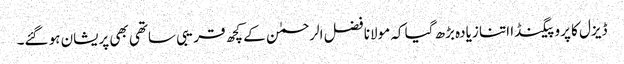
ڈیزل کا پروپیگنڈا اتنا زیادہ بڑھ گیا کہ مولانا فضل الرحمٰن کے کچھ قریبی ساتھی بھی پریشان ہو گئے۔